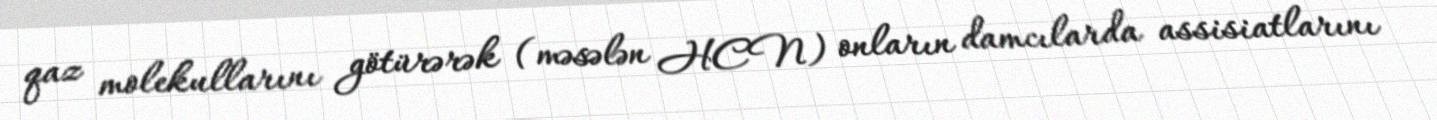
qaz molekullarını götürərək (məsələn HCN) onların damcılarda assisiatlarını